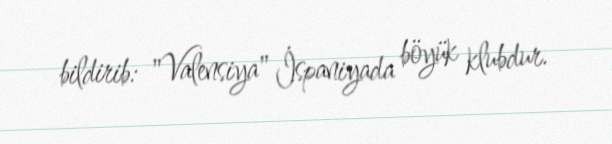
bildirib: "Valensiya" İspaniyada böyük klubdur.